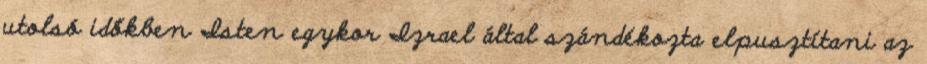
utolsó időkben Isten egykor Izrael által szándékozta elpusztítani az